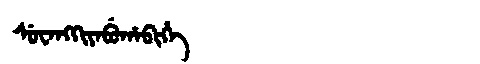
Manchu: ᠰᡠᠸᠠᠩᡴᡳᠶᠠᠪᡠᡥᠠᠪᡳᡥᡝ
Romanization: SUWANGKIYABUHABIHE